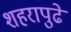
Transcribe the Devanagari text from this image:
शहरापुढे